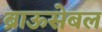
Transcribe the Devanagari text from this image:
ब्राऊसेबल